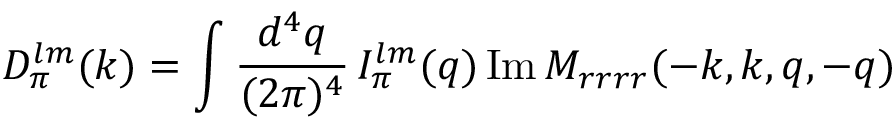
D _ { \pi } ^ { l m } ( k ) = \int { \frac { d ^ { 4 } q } { ( 2 \pi ) ^ { 4 } } } \, I _ { \pi } ^ { l m } ( q ) \, \mathrm { I m \, } M _ { r r r r } ( - k , k , q , - q )